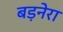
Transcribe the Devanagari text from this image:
बड़नेरा